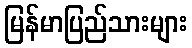
မြန်မာပြည်သားများ